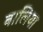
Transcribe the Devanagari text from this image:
बालिया